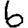
Digit: 6